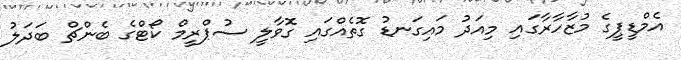
އެމްޑީޕީގެ މުޒާހާރާގައި މިއަދު މައިގަނޑު ގޮތެއްގައި ގޮވާލީ ސުޕްރީމް ކޯޓްގެ ބެންޗް ބަދަލު